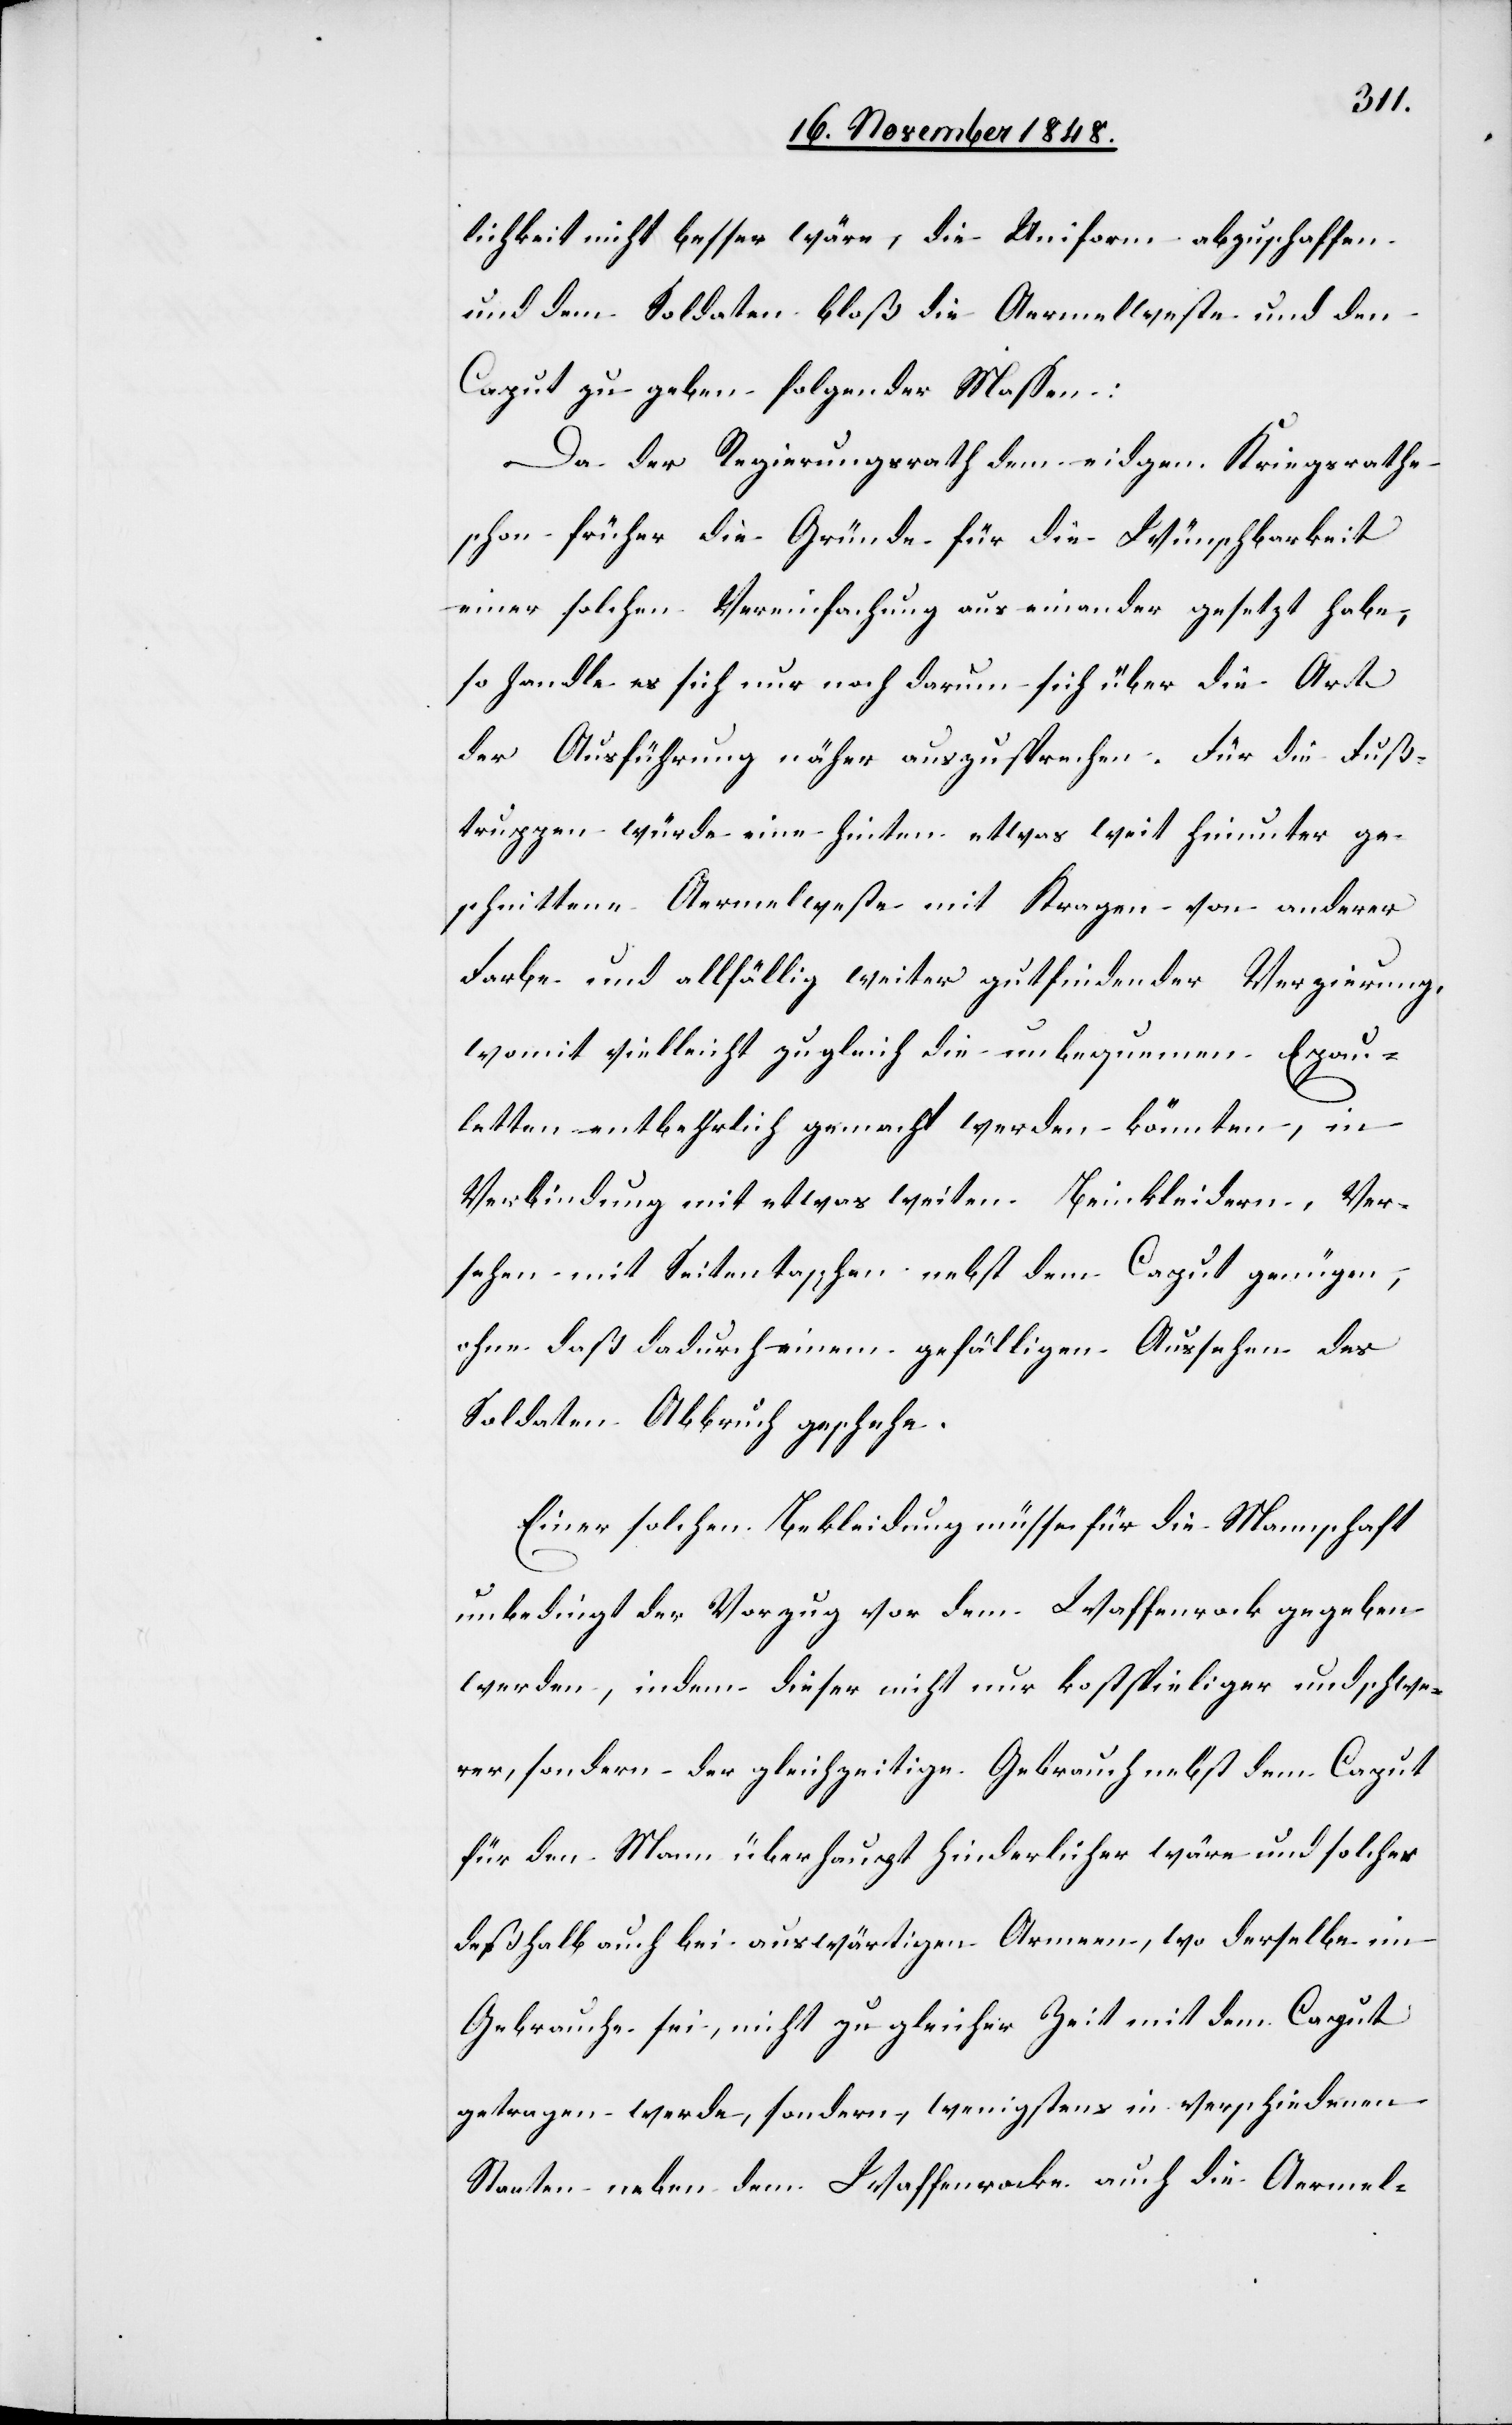
lichkeit nicht besser wäre, die Uniform abzuschaffen
und dem Soldaten bloß die Aermelweste und den
Caput zu geben – folgender Maßen:
Da der Regierungsrath dem eidgen. Kriegsrathe
schon früher die Gründe für die Wünschbarkeit
einer solchen Vereinfachung auseinander gesetzt habe,
so handle es sich nur noch darum sich über die Art
der Ausführung näher auszusprechen. Für die Fuß¬
truppen würde eine hinten etwas weit hinunter ge¬
schnittene Aermelweste mit Kragen von anderer
Farbe und allfällig weiter gutfindender Verzierung,
womit vielleicht zugleich die unbequemen Epau¬
letten entbehrlich gemacht werden könnten, in
Verbindung mit etwas weiten Beinkleidern, Ver¬
sehen mit Seitentaschen nebst dem Caput genügen,
ohne daß dadurch einem gefälligen Aussehen des
Soldaten Abbruch geschehe.
Einer solchen Bekleidung müsse für die Mannschaft
unbedingt der Vorzug vor dem Waffenrock gegeben
werde, indem dieser nicht nur kostspieliger und schwe¬
rer, sondern der gleichzeitige Gebrauch nebst dem Caput
für den Mann überhaupt hinderlicher wäre und solches
deßhalb auch bei auswärtigen Armeen, wo derselbe im
Gebrauche sei, nicht zu gleicher Zeit mit dem Caput
getragen werde, sondern, wenigstens in verschiedenen
Staaten neben dem Waffenrocke auch die Aermel-